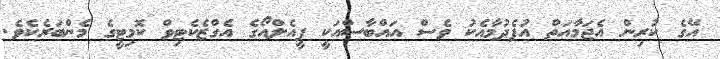
އޭގެ ކުރިން އެޖަމާއަތް އުފެދުމާއެކު ވެސް އައްބާސްއަކީ ޕީއެލްއޯގެ އެގްޒެކެޓިވް ކޮމިޓީގެ މެންބަރެކެވެ.